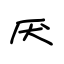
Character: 厌